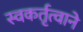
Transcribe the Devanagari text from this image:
स्वकर्तृत्वाने